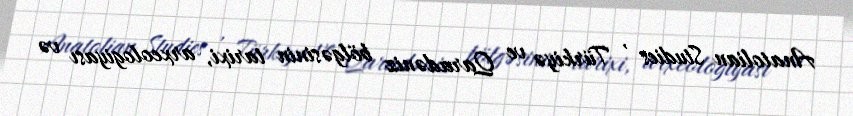
Anatolian Studies , Türkiyə ve Qaradəniz bölgəsinin tarixi, arxeologiyası və